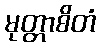
မုတ္တာစိတံ